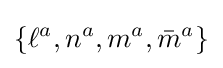
\{\ell ^{a},n^{a},m^{a},{\bar {m}}^{a}\}